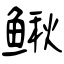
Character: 鳅